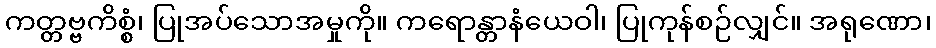
ကတ္တဗ္ဗကိစ္စံ၊ ပြုအပ်သောအမှုကို။ ကရောန္တာနံယေဝါ၊ ပြုကုန်စဉ်လျှင်။ အရုဏော၊